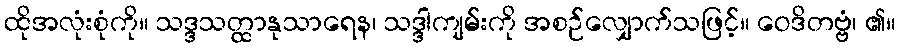
ထိုအလုံးစုံကို။ သဒ္ဒသတ္ထာနုသာရေန၊ သဒ္ဒါကျမ်းကို အစဉ်လျှောက်သဖြင့်။ ဝေဒိတဗ္ဗံ၊ ၏။